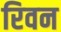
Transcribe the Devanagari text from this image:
रिवन